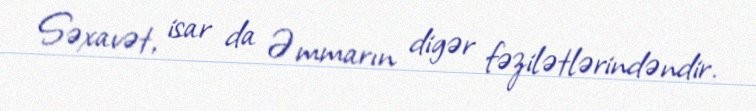
Səxavət, isar da Əmmarın digər fəzilətlərindəndir.